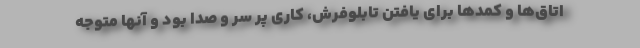
اتاق‌ها و کمدها برای یافتن تابلوفرش، کاری پر سر و صدا بود و آنها متوجه